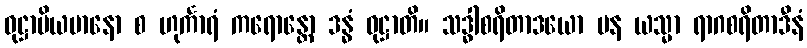
ဝုဋ္ဌာပိယမာနော စ ဟုင်္ကာရံ ကရောန္တော ဒန္ဓံ ဝုဋ္ဌာတိ။ သဒ္ဓါစရိတာဒယော ပန ယသ္မာ ရာဂစရိတာဒီနံ